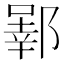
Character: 𬪒